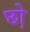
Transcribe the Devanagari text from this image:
छो़